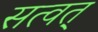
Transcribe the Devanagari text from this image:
सत्वत्